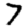
Digit: 7